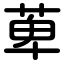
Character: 萆